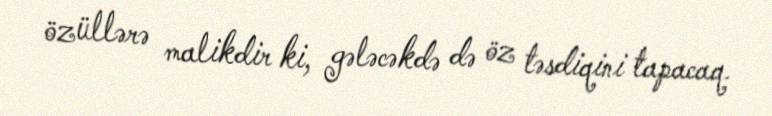
özüllərə malikdir ki, gələcəkdə də öz təsdiqini tapacaq.